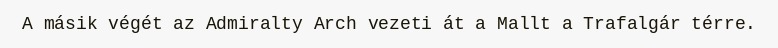
A másik végét az Admiralty Arch vezeti át a Mallt a Trafalgár térre.